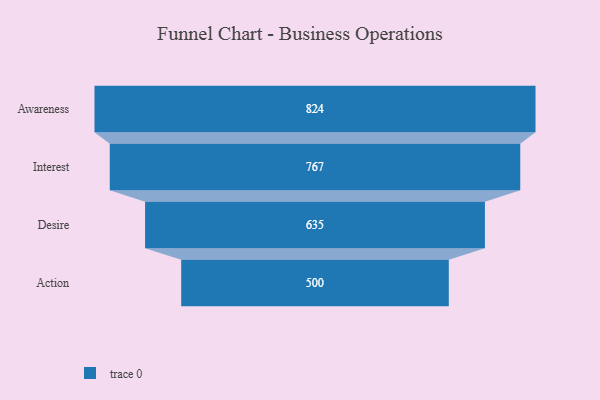
{"axis": {"x": "Stage", "y": "Value"}, "legend": [""], "data": [{"x": "Awareness", "y": 824.0, "type": ""}, {"x": "Interest", "y": 767.0, "type": ""}, {"x": "Desire", "y": 635.0, "type": ""}, {"x": "Action", "y": 500, "type": ""}]}